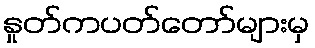
နှုတ်ကပတ်တော်များမှ